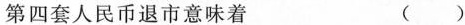
第四套人民币退市意味着 ( )